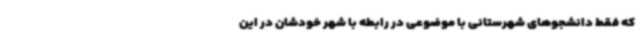
که فقط دانشجوهای شهرستانی با موضوعی در رابطه با شهر خودشان در این